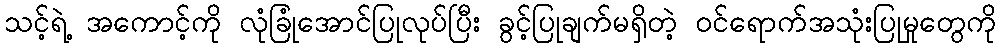
သင့်ရဲ့ အကောင့်ကို လုံခြုံအောင်ပြုလုပ်ပြီး ခွင့်ပြုချက်မရှိတဲ့ ဝင်ရောက်အသုံးပြုမှုတွေကို